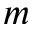
m